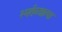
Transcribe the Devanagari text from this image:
स्मर्तव्यात्मा